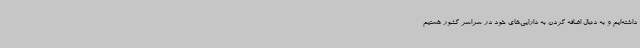
داشته‌ایم و به دنبال اضافه کردن به دارایی‌های خود در سراسر کشور هستیم